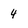
Character: 4